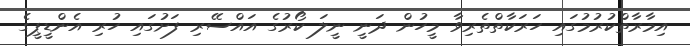
އިމާރާތްކުރުމުގައި ހަރަކާތްތެރިވާ މީހުން ދަނީ ނީލަ ކޯރުގެ އައްސޭރި ފަށުގައި ހުރި އެންޑީޕީގެ